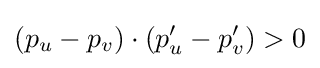
(p_{u}-p_{v})\cdot (p'_{u}-p'_{v})>0